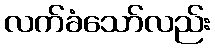
လက်ခံသော်လည်း